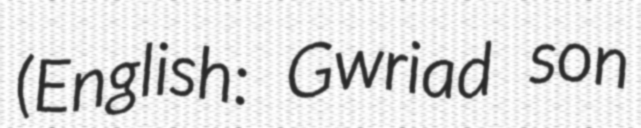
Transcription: (English: Gwriad son